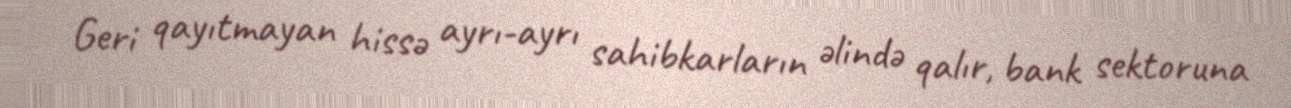
Geri qayıtmayan hissə ayrı-ayrı sahibkarların əlində qalır, bank sektoruna